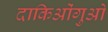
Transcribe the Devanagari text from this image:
दाकिओंगुओ